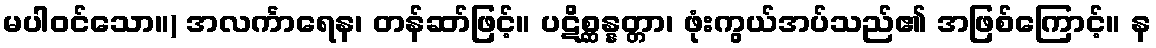
မပါဝင်သော။) အလင်္ကာရေန၊ တန်ဆာ်ဖြင့်။ ပဋိစ္ဆန္နတ္တာ၊ ဖုံးကွယ်အပ်သည်၏ အဖြစ်ကြောင့်။ န